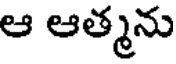
ఆ ఆత్మను